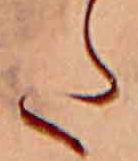
た